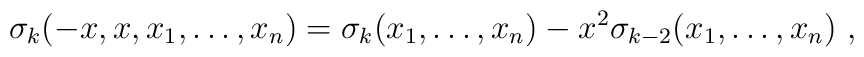
\sigma _{k}(-x,x,x_{1},\ldots ,x_{n})=\sigma _{k}(x_{1},\ldots,x_{n})-x^{2}\sigma _{k-2}(x_{1},\ldots ,x_{n})\,\,,